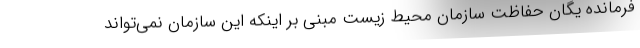
فرمانده یگان حفاظت سازمان محیط زیست مبنی بر اینکه این سازمان نمی‌تواند